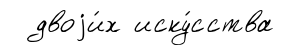
двоjи́х иску́сства